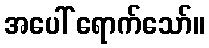
အပေါ် ရောက်သော်။